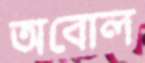
অবোল